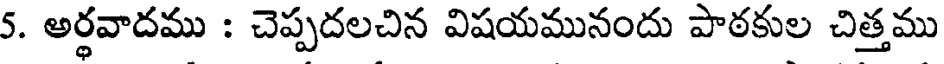
5. అర్థవాదము : చెప్పదలచిన విషయమునందు పాఠకుల చిత్తము